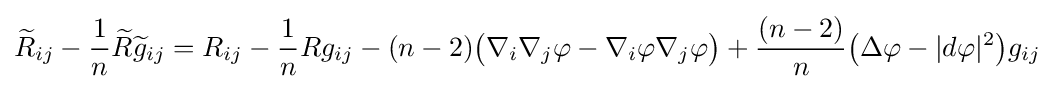
{\widetilde {R}}_{ij}-{\frac {1}{n}}{\widetilde {R}}{\widetilde {g}}_{ij}=R_{ij}-{\frac {1}{n}}Rg_{ij}-(n-2){\big (}\nabla _{i}\nabla _{j}\varphi -\nabla _{i}\varphi \nabla _{j}\varphi {\big )}+{\frac {(n-2)}{n}}{\big (}\Delta \varphi -|d\varphi |^{2}{\big )}g_{ij}